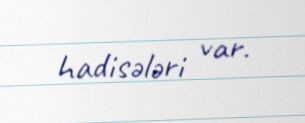
hadisələri var.